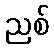
ညစ်